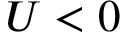
U < 0